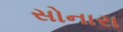
સોનારા